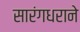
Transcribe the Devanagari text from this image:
सारंगधराने